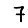
Digit: 7